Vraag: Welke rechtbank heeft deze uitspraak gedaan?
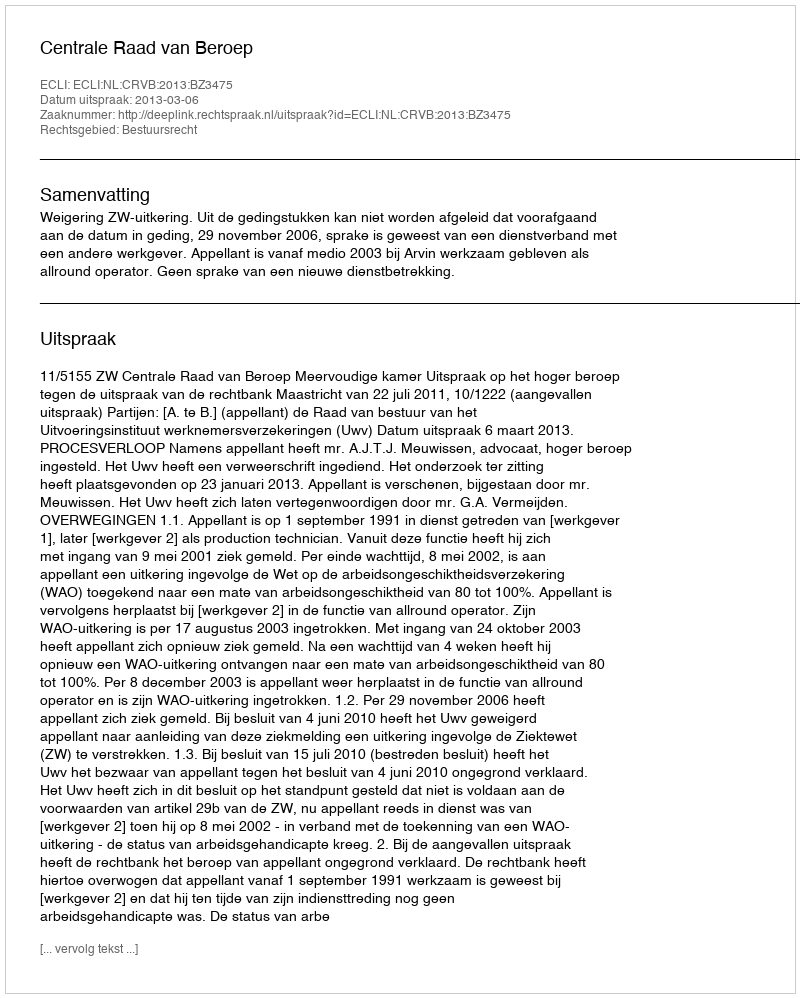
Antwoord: Centrale Raad van Beroep